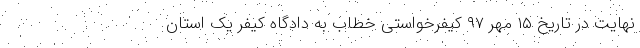
نهایت در تاریخ ۱۵ مهر ۹۷ کیفرخواستی خطاب به دادگاه کیفر یک استان